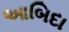
આબિદા